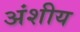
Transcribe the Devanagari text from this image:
अंशीय